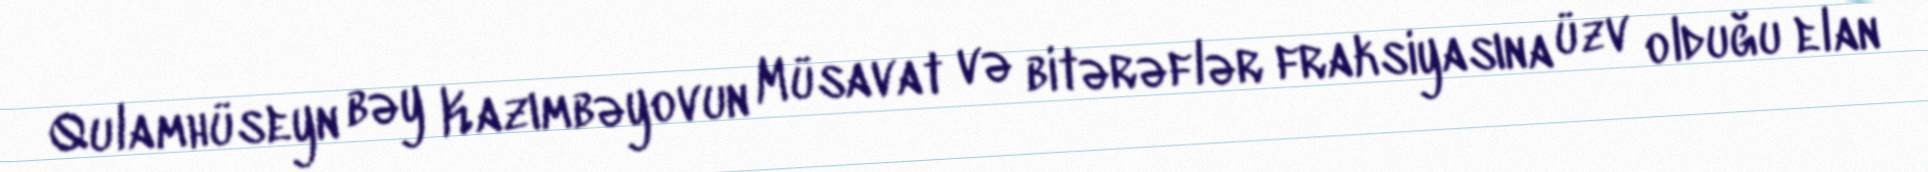
Qulamhüseyn bəy Kazımbəyovun Müsavat və bitərəflər fraksiyasına üzv olduğu elan